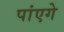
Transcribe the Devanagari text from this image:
पांएगे